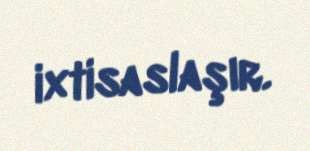
ixtisaslaşır.